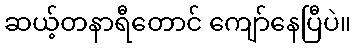
ဆယ့်တနာရီတောင် ကျော်နေပြီပဲ။